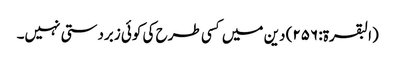
(البقرۃ: ۲۵۶) دین میں کسی طرح کی کوئی زبردستی نہیں۔